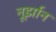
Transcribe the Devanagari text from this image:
नूर्झान